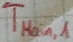
Text: TMain,1